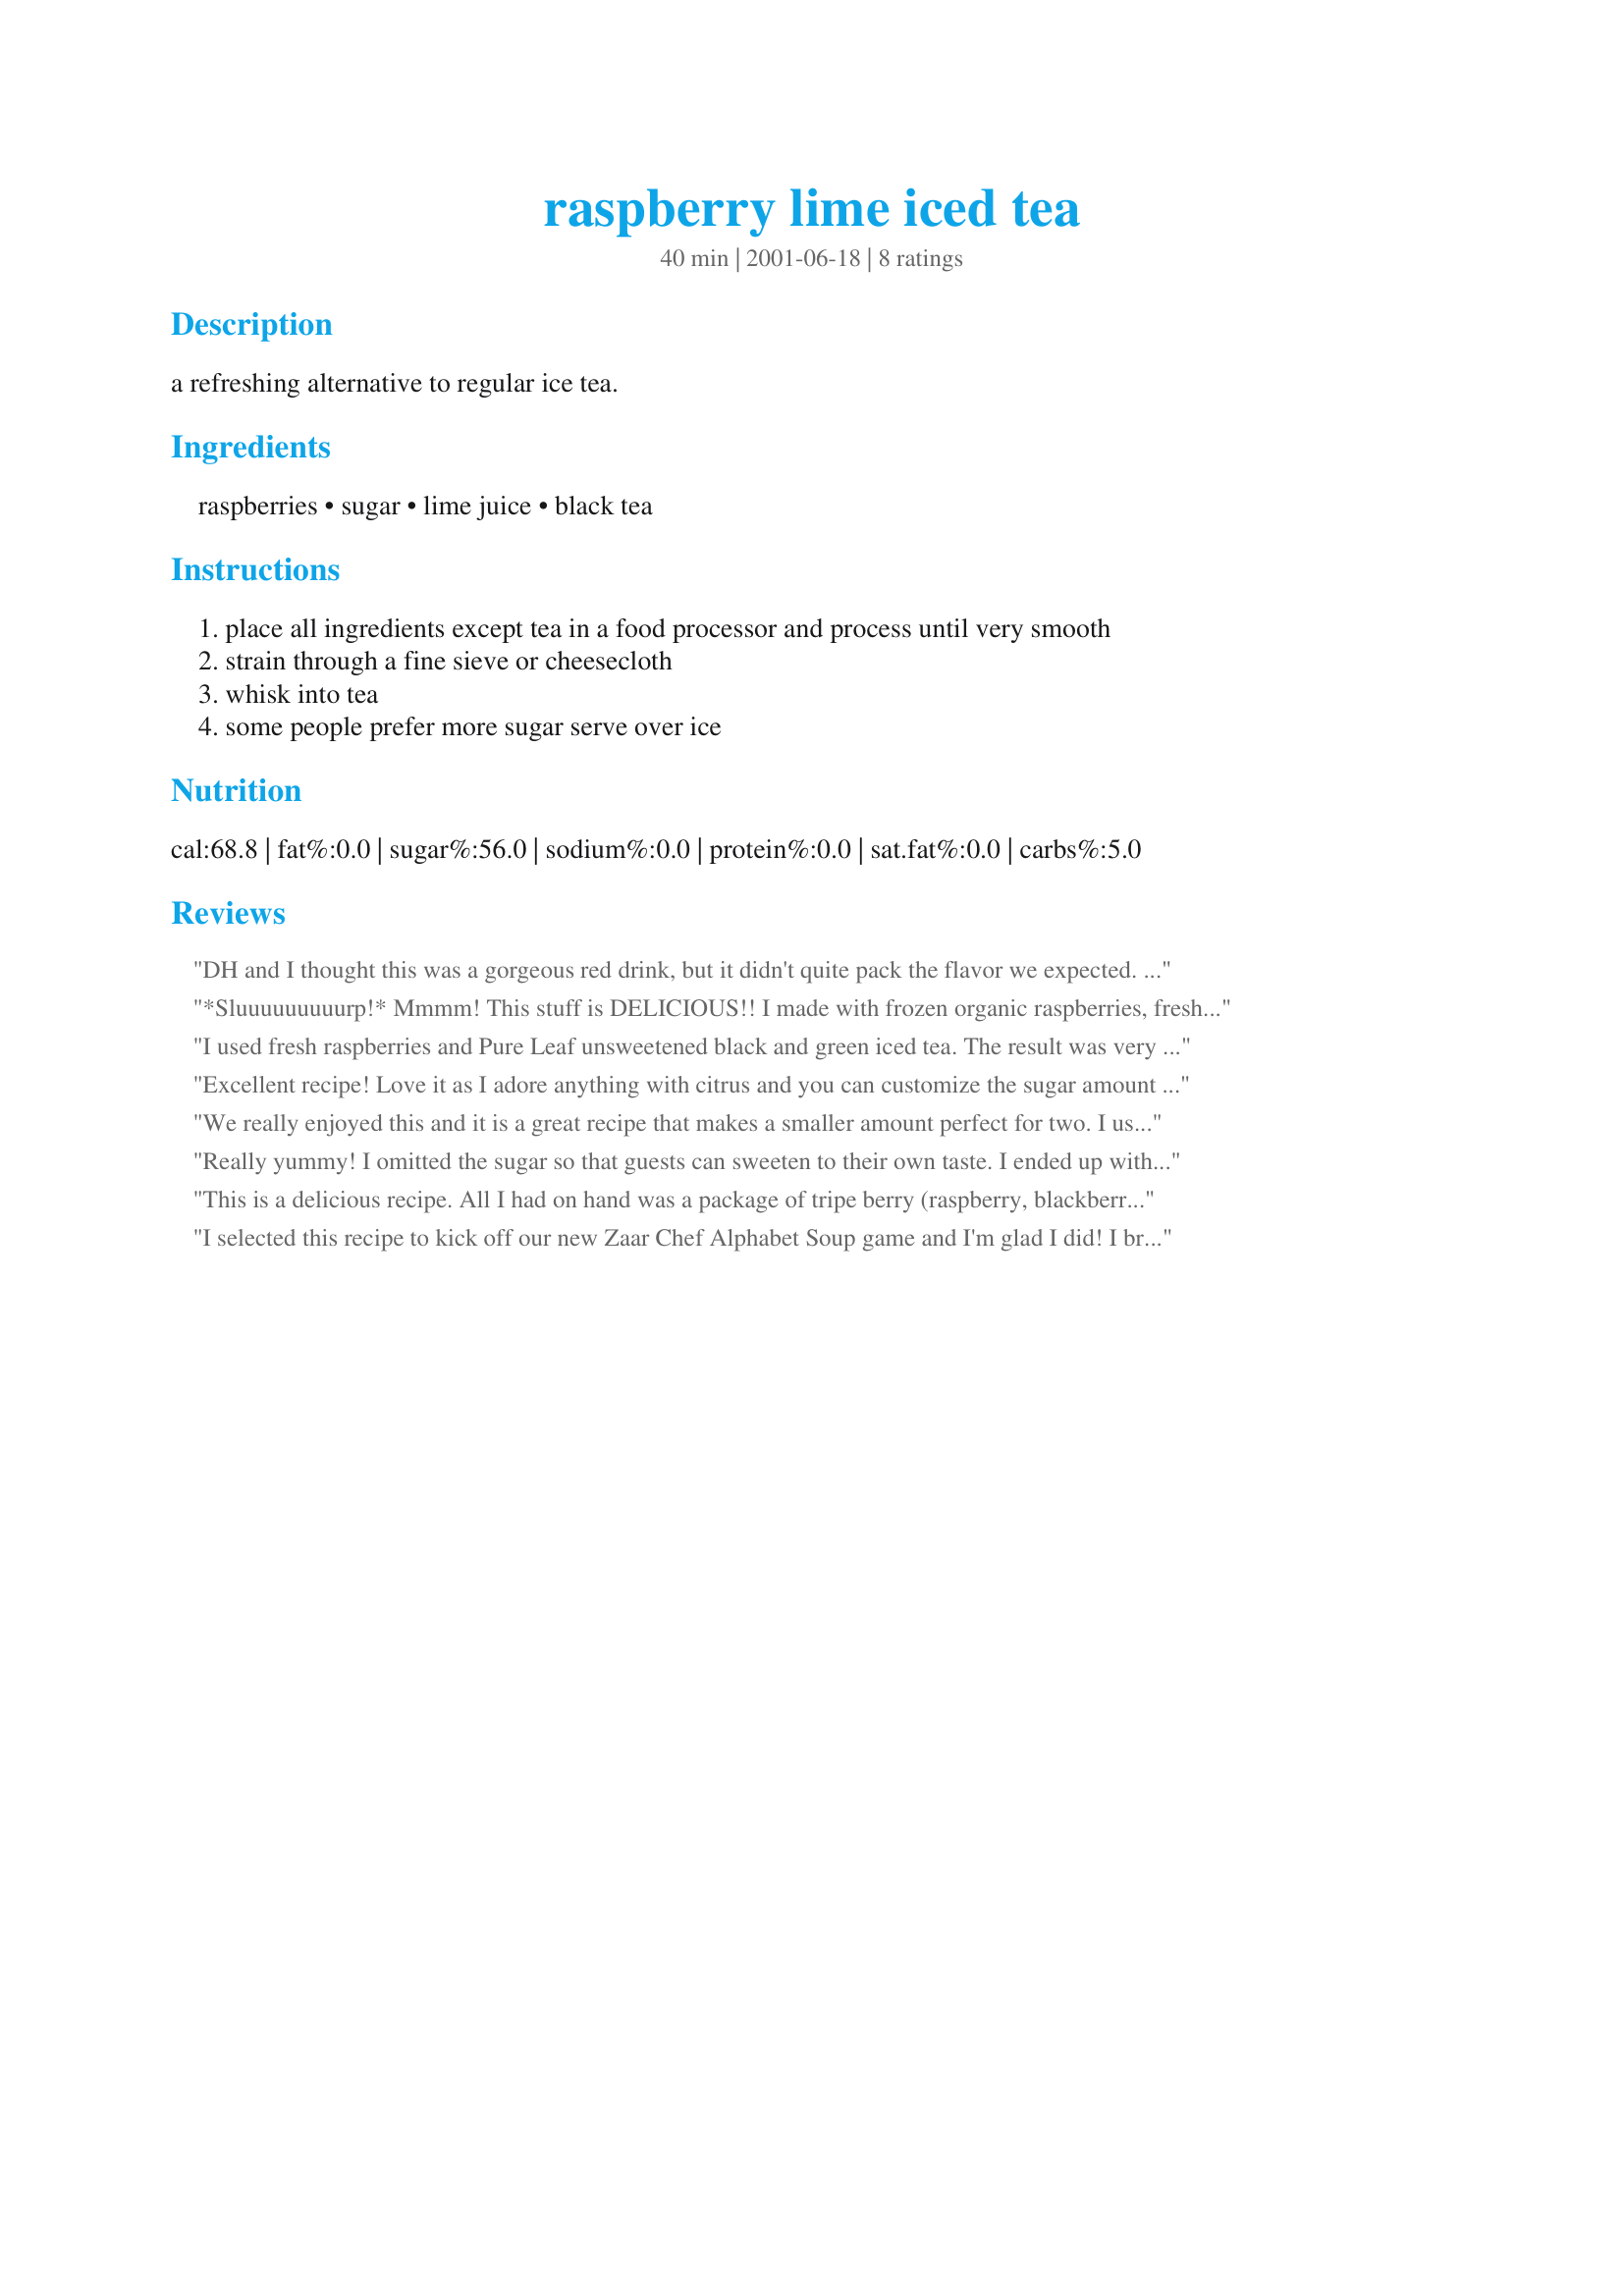
raspberry lime iced tea
Preparation time: 40 minutes

a refreshing alternative to regular ice tea.

Ingredients:
raspberries, sugar, lime juice, black tea

Steps:
place all ingredients except tea in a food processor and process until very smooth
strain through a fine sieve or cheesecloth
whisk into tea
some people prefer more sugar serve over ice

Reviews:
DH and I thought this was a gorgeous red drink, but it didn't quite pack the flavor we expected. It tasted like watered-down tea with pureed raspberries. We couldn't taste the lime juice at all. Also, I found it difficult to strain the pureed raspberries when they were still a little frozen, so I would recommend completely defrosting or using fresh berries. Because I couldn't strain the raspberries, I ended up adding them to the pitcher seeds and all. The texture was nice--a little like a smoothie. Even though it was not what we expected, it was still yummy and refreshing on a hot summer day. Thanks for a lovely idea. (Made for Summer Comfort Cafe 2009)
*Sluuuuuuuuurp!* Mmmm! This stuff is DELICIOUS!! I made with frozen organic raspberries, fresh organic limes, organic turbanado sugar and china orange pekoe black tea. I didn't bother straining it, and I don't find it at all offensive to drink. The raspberry is the dominant flavor, with a hint of lime! Yum! I don't find this to have strong tea flavor- but it is there, just a hint of it.. lovely. It is a beautiful ruby red and has amazing flavor. I love this! It's almost smoothie-like, but more drinkable. I will surely make this again.
I used fresh raspberries and Pure Leaf unsweetened black and green iced tea. The result was very refreshing with just enough natural sweetness. This is a great alternative to the syrupy store-bought sweet teas. It reminded me of the fresh brewed sun tea we used to drink as kids (I miss that!).
Excellent recipe! Love it as I adore anything with citrus and you can customize the sugar amount to your liking or dietary concerns. This works really well with watermelon too! And if you wish to make this an adult version, add in some vodka or gin. Thanks for sharing!
We really enjoyed this and it is a great recipe that makes a smaller amount perfect for two.
I used green tea.
Definite keeper.
Made for summer Comfort Cafe
Really yummy! I omitted the sugar so that guests can sweeten to their own taste. I ended up with more of the raspberry puree than I needed, so I froze the leftovers in ice cube trays. Now I just add a cube to a glass of regular iced tea and I have instant Raspberry-Lime Iced Tea. Brilliant! P.S. It helps to zap the cube for about 10 seconds in the microwave before adding to the glass.
This is a delicious recipe. All I had on hand was a package of tripe berry (raspberry, blackberry, and blueberry). I used that. Also used Splenda and cut it to 4 tablespoons. Didn't strain it. Didn't even have a blender so I just mashed them up good. It is beautiful and delicious. Will keep some in the refrigerator during hot weather. Thank you so much!
I selected this recipe to kick off our new Zaar Chef Alphabet Soup game and I'm glad I did! I brewed the tea yesterday morning and chilled it to make up later in the afternoon. Initially, I had planned to make only half a recipe as I only had 1 cup of raspberries, but decided to make the whole recipe and use 1/2 cup of blackberries for the raspberries I was short as my daughters had a friend over and I knew half a recipe would not be enough for everyone. I'm sure glad I did as we all loved it and the empty pitcher went into the wash before we all had our fill! I loved the deep rich red color of it as well. I'll certainly be making this often this summer, especially when we're planning cookouts. Thank you for sharing such an easy and great tasting recipe!
